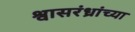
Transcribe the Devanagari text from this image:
श्वासरंध्रांच्या